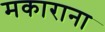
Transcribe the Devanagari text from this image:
मकाराना